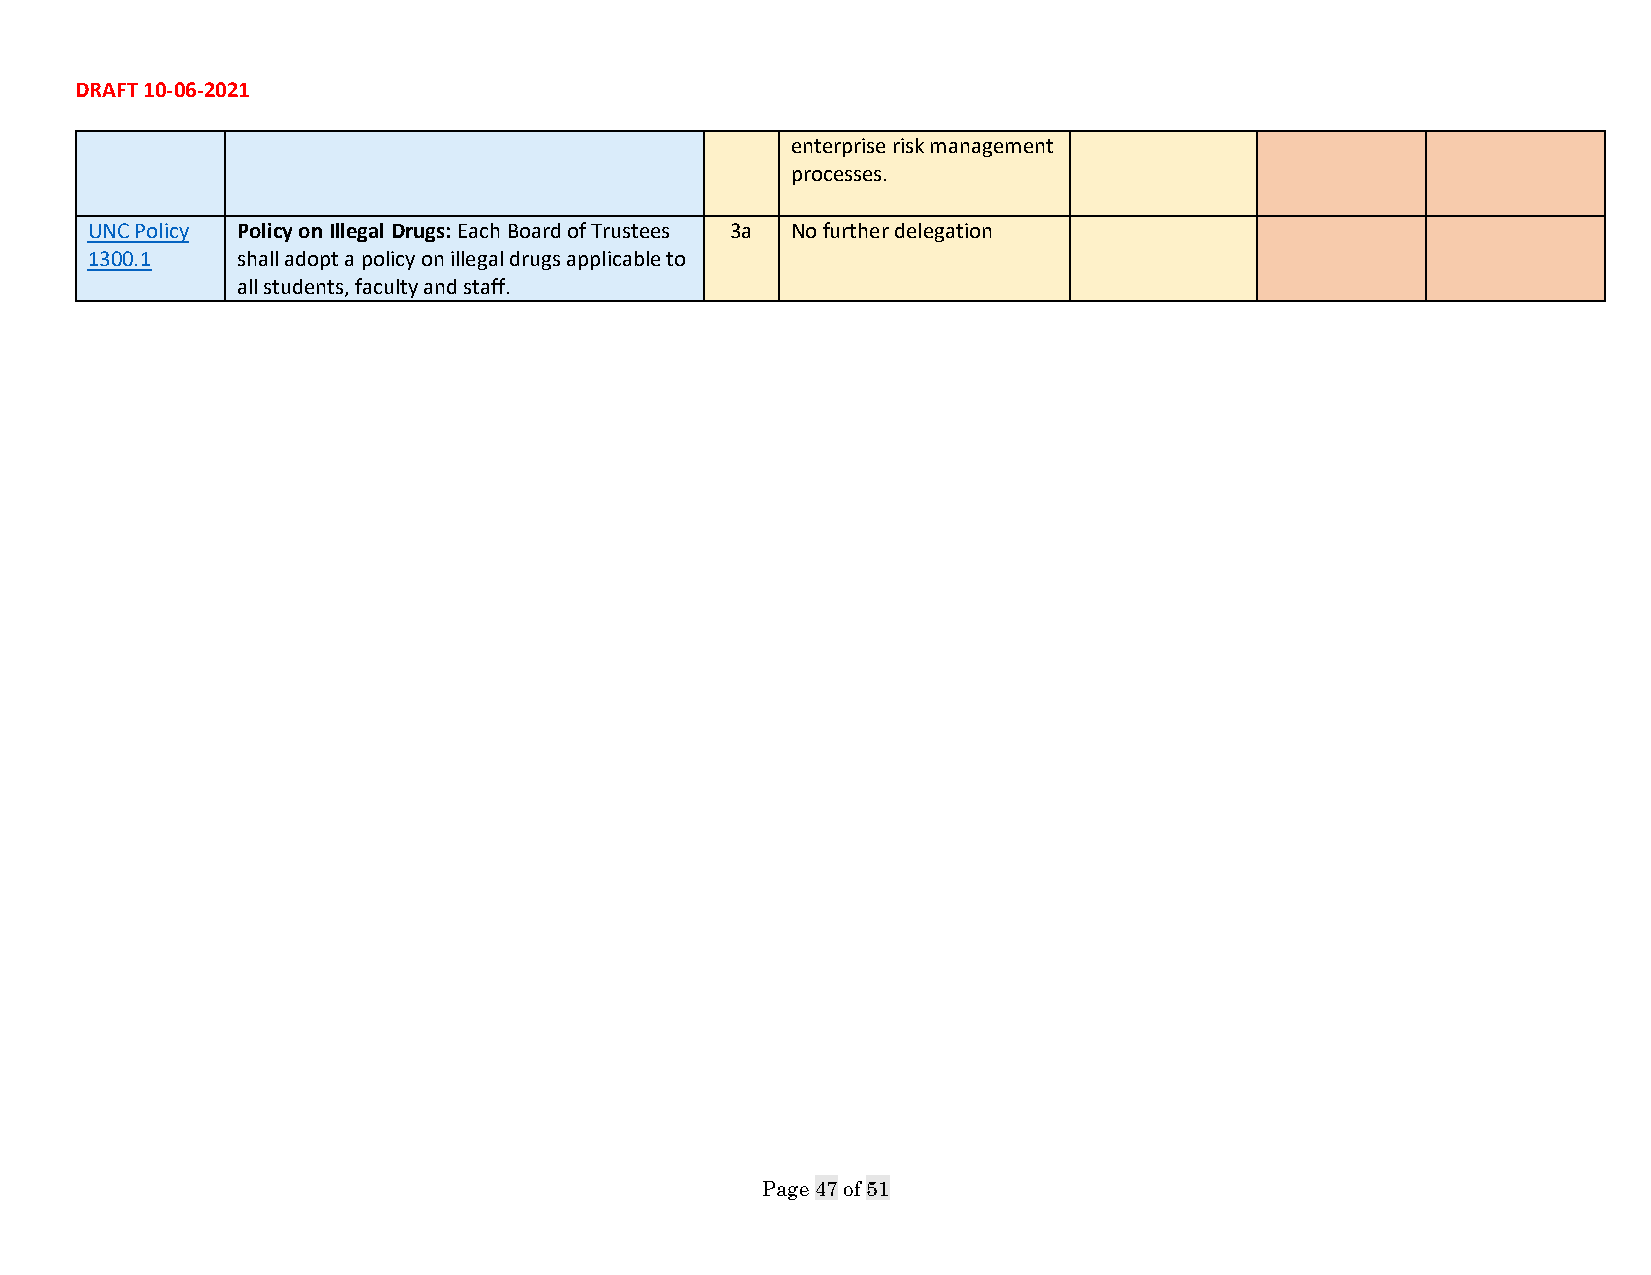
DRAFT 10-06-2021
 enterprise risk management
 processes.
 UNC Policy Policy on Illegal Drugs: Each Board of Trustees 3a No further delegation
 1300.1    shall adopt a policy on illegal drugs applicable to
 all students, faculty and staff.
 Page 47 of 51